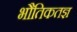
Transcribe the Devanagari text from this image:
भौतिकतज्ञ